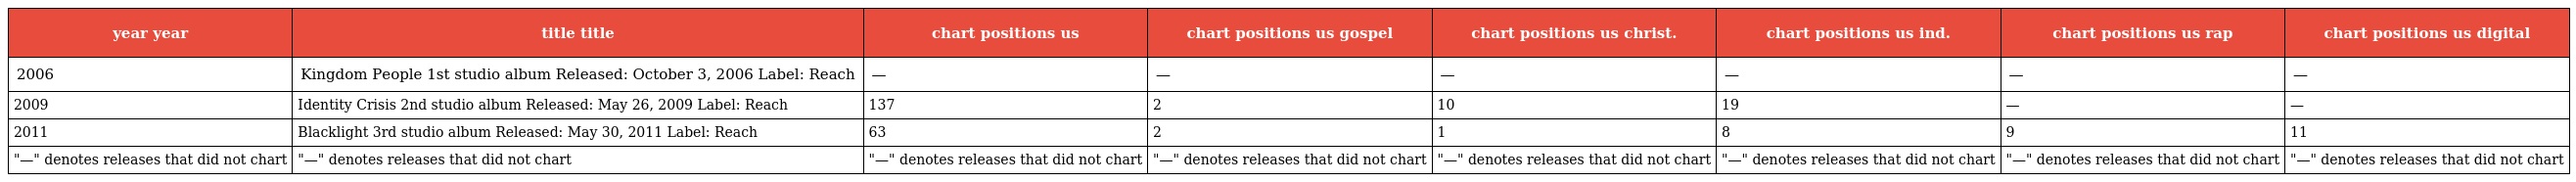
| year year | title title | chart positions us | chart positions us gospel | chart positions us christ. | chart positions us ind. | chart positions us rap | chart positions us digital |
 | --- | --- | --- | --- | --- | --- | --- | --- |
 | 2006 | Kingdom People 1st studio album Released: October 3, 2006 Label: Reach | — | — | — | — | — | — |
 | 2009 | Identity Crisis 2nd studio album Released: May 26, 2009 Label: Reach | 137 | 2 | 10 | 19 | — | — |
 | 2011 | Blacklight 3rd studio album Released: May 30, 2011 Label: Reach | 63 | 2 | 1 | 8 | 9 | 11 |
 | "—" denotes releases that did not chart | "—" denotes releases that did not chart | "—" denotes releases that did not chart | "—" denotes releases that did not chart | "—" denotes releases that did not chart | "—" denotes releases that did not chart | "—" denotes releases that did not chart | "—" denotes releases that did not chart |